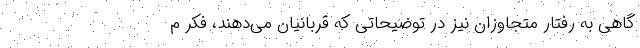
گاهی به رفتار متجاوزان نیز در توضیحاتی که قربانیان می‌دهند، فکر م